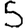
Digit: 5